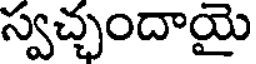
స్వచ్ఛందాయై